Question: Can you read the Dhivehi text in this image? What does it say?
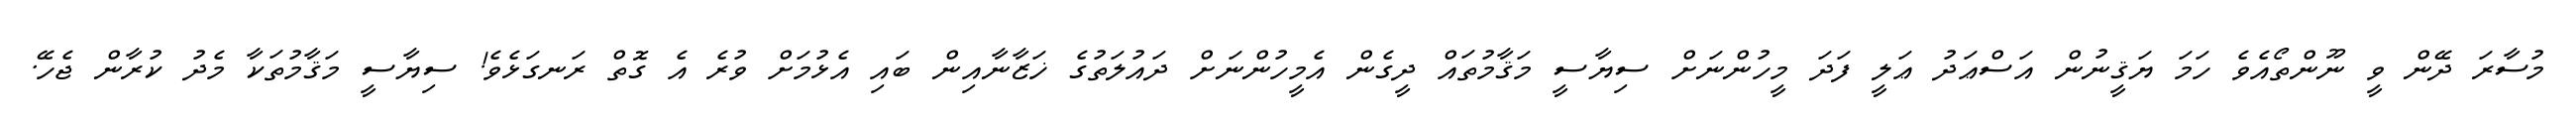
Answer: މުސާރަ ދޭން ވީ ނޫންތޯއެވެ ހަމަ ޔަޤީނުން އަސްޢަދު ޢަލީ ފަދަ މީހުންނަށް ސިޔާސީ މަޤާމުތައް ދީގެން އެމީހުންނަށް ދައުލަތުގެ ޚަޒާނާއިން ބައި އެޅުމަށް ވުރެ އެ ގޮތް ރަނގަޅެވެ! ސިޔާސީ މަޤާމުތަކާ މެދު ކުރާން ޖެހޭ.